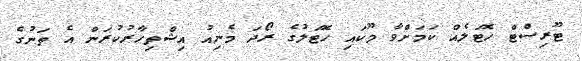
ޓޫރިސްޓް ހޮޓަލެއް ކަމަށްވާ މޫކައި ހޮޓަލުގެ ރޯދަ މެނިއު އިޝްތިހާރުކުރަން އެ ތަނުގެ